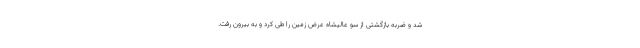
شد و ضربه بازگشتی از سو عالیشاه عرض زمین را طی کرد و به بیرون رفت.